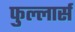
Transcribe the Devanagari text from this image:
फुल्लार्स